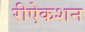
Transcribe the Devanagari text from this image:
रीऐकशन